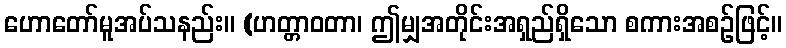
ဟောတော်မူအပ်သနည်း။ (ဟတ္တာဝတာ၊ ဤမျှအတိုင်းအရှည်ရှိသော စကားအစဉ်ဖြင့်။